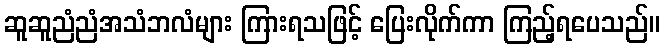
ဆူဆူညံညံအသံဘလံများ ကြားရသဖြင့် ပြေးလိုက်ကာ ကြည့်ရပေသည်။